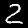
Digit: 2